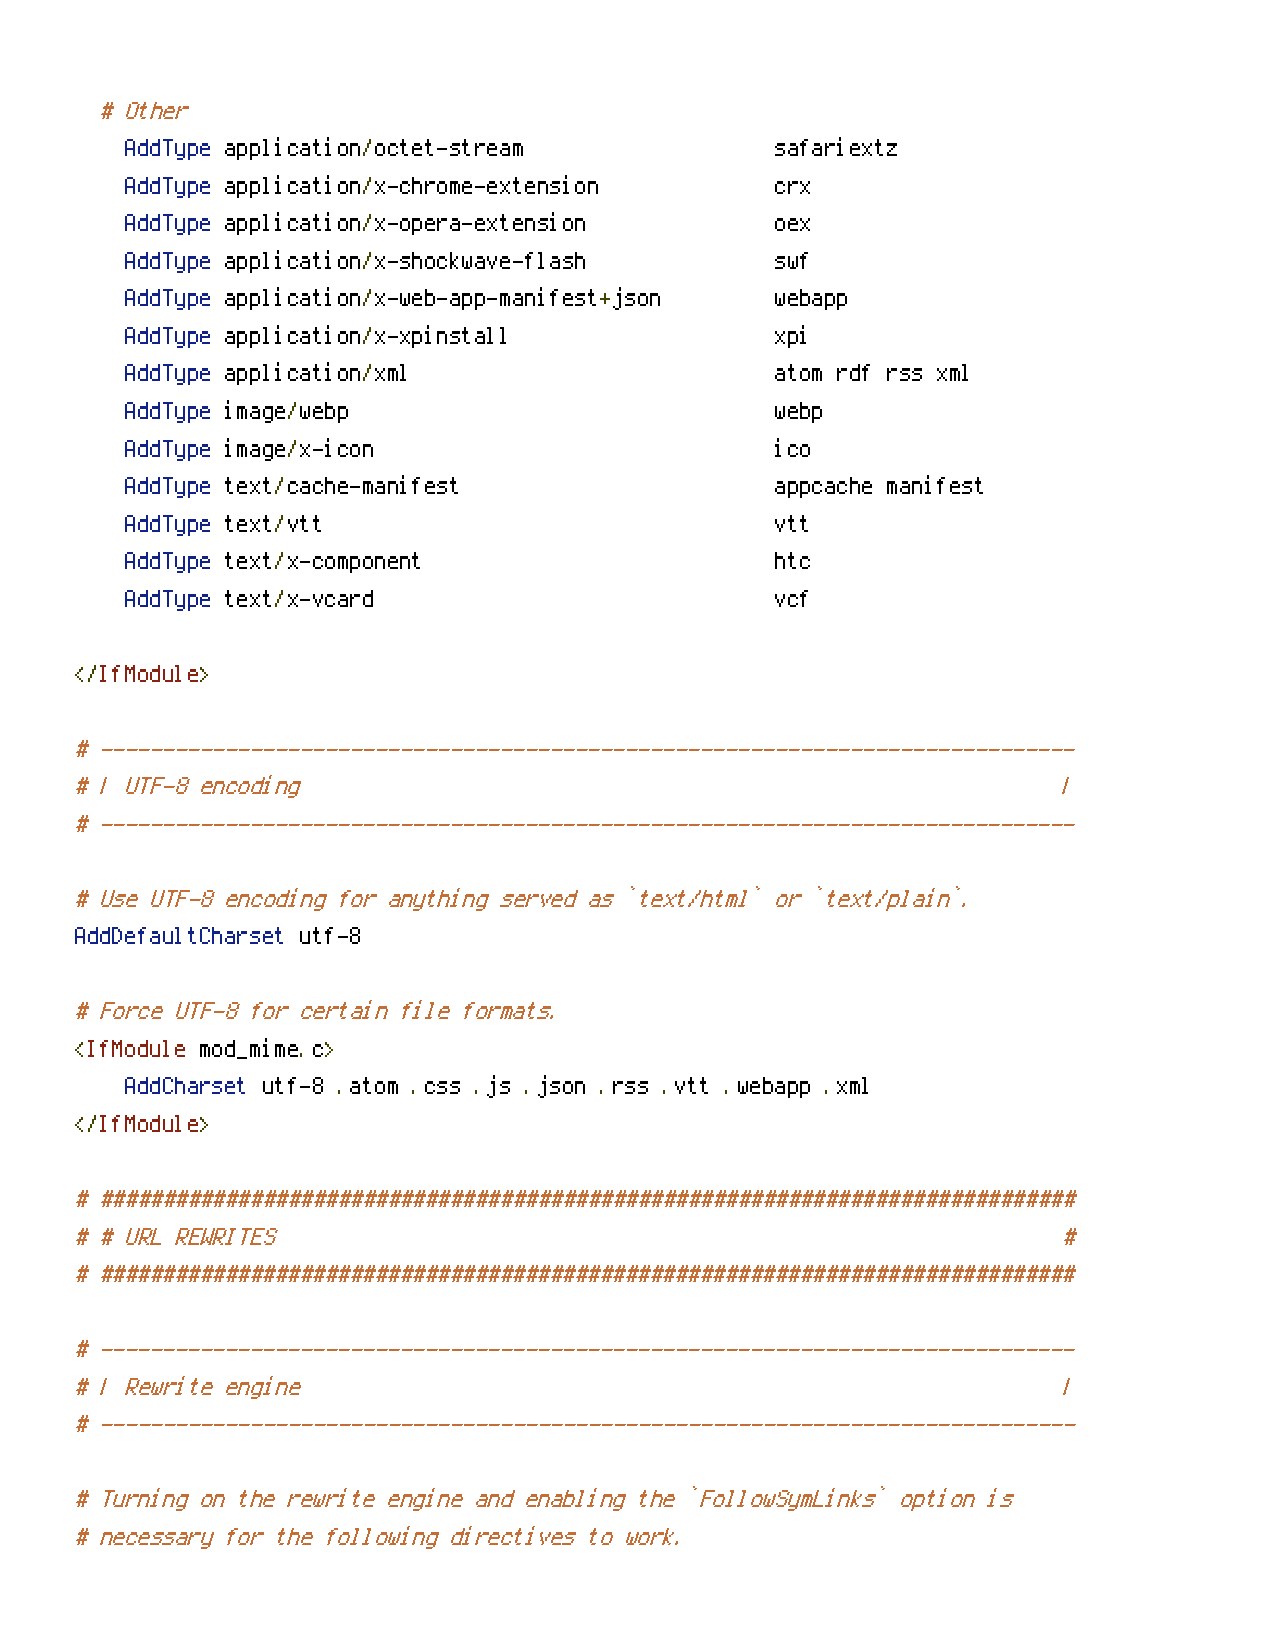
# Other
 AddType application/octet-stream           safariextz
 AddType application/x-chrome-extension     crx
 AddType application/x-opera-extension      oex
 AddType application/x-shockwave-flash      swf
 AddType application/x-web-app-manifest+json webapp
 AddType application/x-xpinstall            xpi
 AddType application/xml                    atom rdf rss xml
 AddType image/webp                         webp
 AddType image/x-icon                       ico
 AddType text/cache-manifest                appcache manifest
 AddType text/vtt                           vtt
 AddType text/x-component                   htc
 AddType text/x-vcard                       vcf
 </IfModule>
 # ------------------------------------------------------------------------------
 # | UTF-8 encoding                                               |
 # ------------------------------------------------------------------------------
 # Use UTF-8 encoding for anything served as `text/html` or `text/plain`.
 AddDefaultCharset utf-8
 # Force UTF-8 for certain file formats.
 <IfModule mod_mime.c>
 AddCharset utf-8 .atom .css .js .json .rss .vtt .webapp .xml
 </IfModule>
 # ##############################################################################
 # # URL REWRITES                                                 #
 # ##############################################################################
 # ------------------------------------------------------------------------------
 # | Rewrite engine                                               |
 # ------------------------------------------------------------------------------
 # Turning on the rewrite engine and enabling the `FollowSymLinks` option is
 # necessary for the following directives to work.